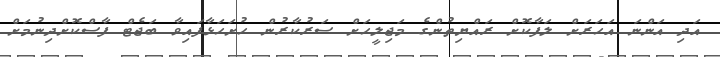
އަދި އަންނަ އަހަރަށް ލަފާކޮށް ރައްޔިތުންގެ މަޖިލީހަށް ސަރުކާރުން ހުށަހަޅާފައިވާ ބަޖެޓް ފާސްކޮށްދިނުމަށް